Vaccine operations Central Provinces 1886-1899 - 1886-1899
Year: 1886
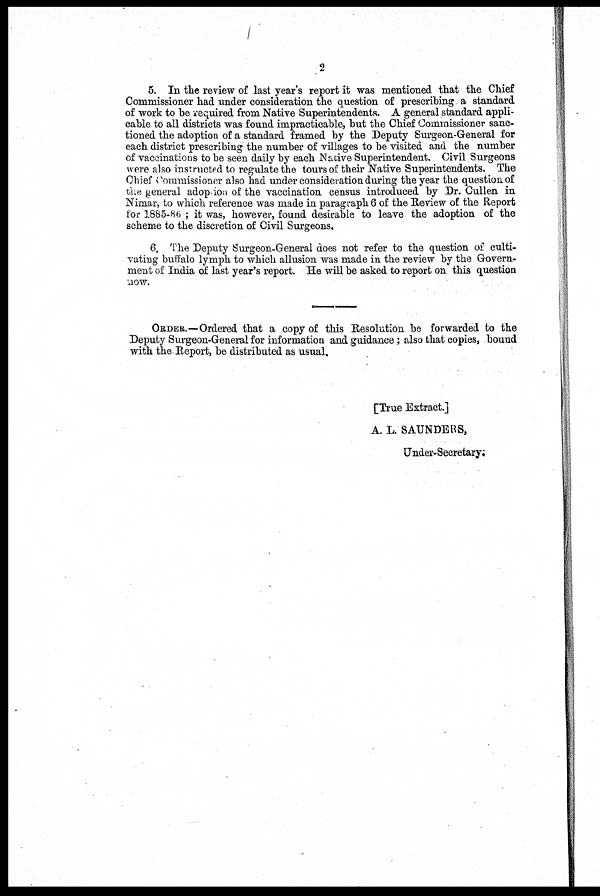
2
5. In the review of last year's report it was mentioned that the Chief
Commissioner had under consideration the question of prescribing a standard
of work to be required from Native Superintendents. A general standard appli-
cable to all districts was found impracticable, but the Chief Commissioner sanc-
tioned the adoption of a standard framed by the Deputy Surgeon-General for
each district prescribing the number of villages to be visited and the number
of vaccinations to be seen daily by each Native Superintendent. Civil Surgeons
were also instructed to regulate the tours of their Native Superintendents. The
Chief Commissioner also had under consideration during the year the question of
the general adoption of the vaccination census introduced by Dr. Cullen in
Nimar, to which reference was made in paragraph 6 of the Review of the Report
for 1885-86 ; it was, however, found desirable to leave the adoption of the
scheme to the discretion of Civil Surgeons.
6. The Deputy Surgeon-General does not refer to the question of culti-
vating buffalo lymph to which allusion was made in the review by the Govern-
ment of India of last year's report. He will be asked to report on this question
now.
ORDER.—Ordered that a copy of this Resolution be forwarded to the
Deputy Surgeon-General for information and guidance; also that copies, bound
with the Report, be distributed as usual,
[True Extract.]
A. L. SAUNDERS,
Under-Secretary.